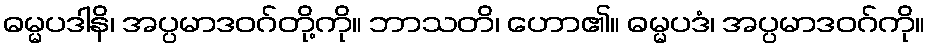
ဓမ္မပဒါနိ၊ အပ္ပမာဒဝဂ်တို့ကို။ ဘာသတိ၊ ဟော၏။ ဓမ္မပဒံ၊ အပ္ပမာဒဝဂ်ကို။